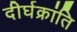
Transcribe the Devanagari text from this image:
दीर्घक्रांति